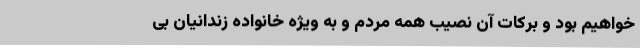
خواهیم بود و برکات آن نصیب همه مردم و به ویژه خانواده زندانیان بی